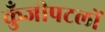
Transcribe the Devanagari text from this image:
कुँजीपटलों